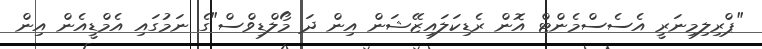
"ޕްރިލިމިނަރީ އެސެސްމެންޓް އޮން ރެޑިކަލައިޒޭޝަން އިން ދަ މޯލްޑިވްސް"ގެ ނަމުގައި އެމްޑީއެން އިން